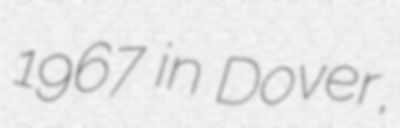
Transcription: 1967 in Dover,